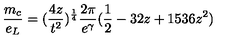
\frac { m _ { c } } { e _ { L } } = ( \frac { 4 z } { t ^ { 2 } } ) ^ { \frac { 1 } { 4 } } \frac { 2 \pi } { e ^ { \gamma } } ( \frac { 1 } { 2 } - 3 2 z + 1 5 3 6 z ^ { 2 } )